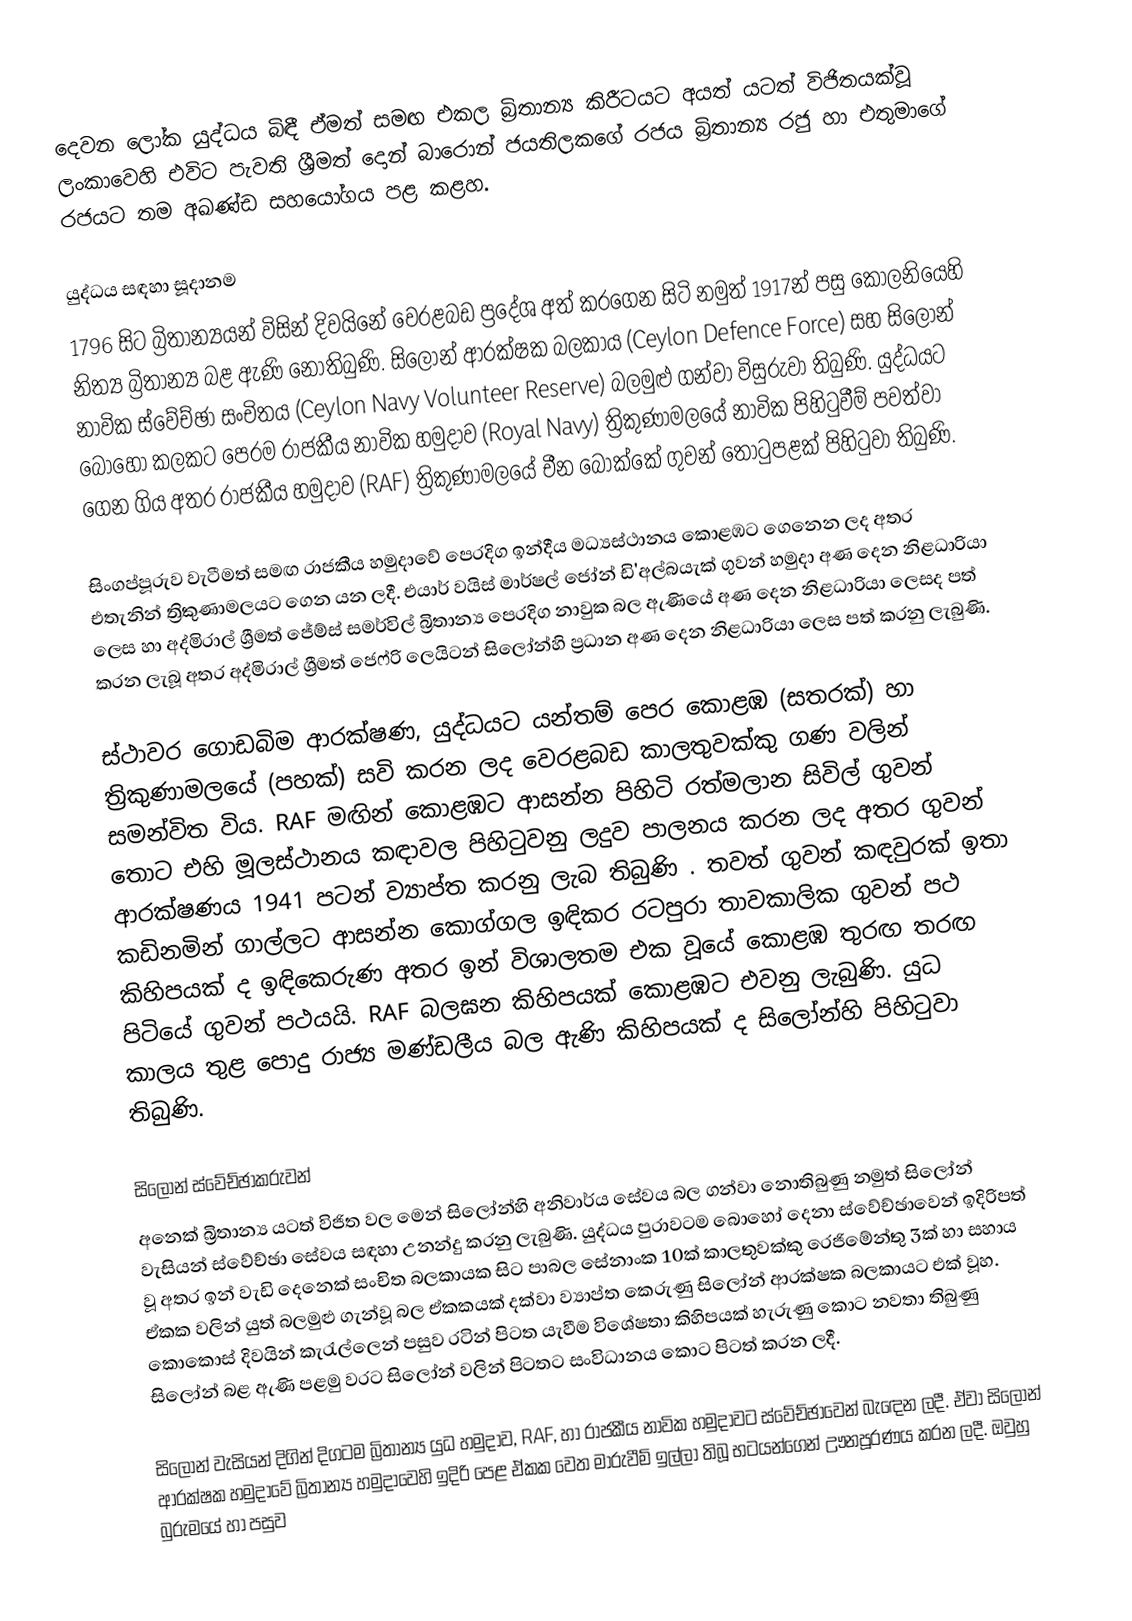
දෙවන ලෝක යුද්ධය බිඳී ඒමත් සමඟ එකල බ්‍රිතාන්‍ය කිරීටයට අයත් යටත් විජිතයක්වූ ලංකාවෙහි  එවිට පැවති ශ්‍රීමත් දොන් බාරොන් ජයතිලකගේ රජය බ්‍රිතාන්‍ය රජු හා එතුමාගේ රජයට තම අඛණ්ඩ සහයෝගය පළ කළහ.

යුද්ධය සඳහා සූදානම
1796 සිට බ්‍රිතාන්‍යයන් විසින් දිවයිනේ වෙරළබඩ ප්‍රදේශ අත් කරගෙන සිටි නමුත් 1917න් පසු කොලනියෙහි නිත්‍ය බ්‍රිතාන්‍ය බළ ඇණි නොතිබුණි. සිලෝන් ආරක්ෂක බලකාය (Ceylon Defence Force) සහ සිලෝන් නාවික ස්වේච්ඡා සංචිතය (Ceylon Navy Volunteer Reserve) බලමුළු ගන්වා විසුරුවා තිබුණි. යුද්ධයට බොහෝ කලකට පෙරම රාජකීය නාවික හමුදාව (Royal Navy) ත්‍රිකුණාමලයේ නාවික පිහිටුවීම් පවත්වා ගෙන ගිය අතර රාජකීය හමුදාව (RAF) ත්‍රිකුණාමලයේ චීන බොක්කේ ගුවන් තොටුපළක් පිහිටුවා තිබුණි.

සිංගප්පූරුව වැටීමත් සමඟ රාජකීය හමුදාවේ පෙරදිග ඉන්දීය මධ්‍යස්ථානය කොළඹට ගෙනෙන ලද අතර එතැනින් ත්‍රිකුණාමලයට ගෙන යන ලදී. එයාර් වයිස් මාර්ෂල් ජෝන් ඩි'අල්බයැක් ගුවන් හමුදා අණ දෙන නිළධාරියා ලෙස හා අද්මිරාල් ශ්‍රීමත් ජේම්ස් සමර්විල් බ්‍රිතාන්‍ය පෙරදිග නාවුක බල ඇණියේ අණ දෙන නිළධාරියා ලෙසද පත් කරන ලැබූ අතර අද්මිරාල් ශ්‍රීමත් ජෙෆ්රි ලෙයිටන් සිලෝන්හි ප්‍රධාන අණ දෙන නිළධාරියා ලෙස පත් කරනු ලැබුණි.

ස්ථාවර ගොඩබිම ආරක්ෂණ, යුද්ධයට යන්තම් පෙර කොළඹ (සතරක්) හා ත්‍රිකුණාමලයේ (පහක්) සවි කරන ලද වෙරළබඩ කාලතුවක්කු ගණ වලින් සමන්විත විය. RAF මඟින් කොළඹට ආසන්න පිහිටි රත්මලාන සිවිල් ගුවන් තොට එහි මූලස්ථානය කඳාවල පිහිටුවනු ලදුව පාලනය කරන ලද අතර ගුවන් ආරක්ෂණය 1941 පටන් ව්‍යාප්ත කරනු ලැබ තිබුණි . තවත් ගුවන් කඳවුරක් ඉතා කඩිනමින් ගාල්ලට ආසන්න කොග්ගල ඉඳිකර රටපුරා තාවකාලික ගුවන් පථ කිහිපයක් ද ඉඳිකෙරුණ අතර ඉන් විශාලතම එක වූයේ කොළඹ තුරඟ තරඟ පිටියේ ගුවන් පථයයි. RAF බලඝන කිහිපයක් කොළඹට එවනු ලැබුණි. යුධ කාලය තුළ පොදු රාජ්‍ය මණ්ඩලීය බල ඇණි කිහිපයක් ද සිලෝන්හි පිහිටුවා තිබුණි.

සිලෝන් ස්වේච්ඡාකරුවන්
අනෙක් බ්‍රිතාන්‍ය යටත් විජිත වල මෙන් සිලෝන්හි අනිවාර්ය සේවය බල ගන්වා නොතිබුණු නමුත් සිලෝන් වැසියන් ස්වේච්ඡා සේවය සඳහා උනන්දු කරනු ලැබුණි. යුද්ධය පුරාවටම බොහෝ දෙනා ස්වේච්ඡාවෙන් ඉදිරිපත් වූ අතර ඉන් වැඩි දෙනෙක් සංචිත බලකායක සිට පාබල සේනාංක 10ක් කාලතුවක්කු රෙජිමේන්තු 3ක් හා සහාය ඒකක වලින් යුත් බලමුළු ගැන්වූ බල ඒකකයක් දක්වා ව්‍යාප්ත කෙරුණු සිලෝන් ආරක්ෂක බලකායට එක් වූහ. කොකොස් දිවයින් කැරැල්ලෙන් පසුව රටින් පිටත යැවීම විශේෂතා කිහිපයක් හැරුණු කොට නවතා තිබුණු සිලෝන් බළ ඇණි පළමු වරට සිලෝන් වලින් පිටතට සංවිධානය කොට පිටත් කරන ලදී.

සිලෝන් වැසියන් දිගින් දිගටම බ්‍රිතාන්‍ය යුධ හමුදාව, RAF, හා රාජකීය නාවික හමුදාවට ස්වේච්ඡාවෙන් බැඳෙන ලදී. ඒවා සිලෝන් ආරක්ෂක හමුදාවේ බ්‍රිතාන්‍ය හමුදාවෙහි ඉදිරි පෙළ ඒකක වෙත මාරුවීම් ඉල්ලා තිබූ භටයන්ගෙන් ඌනපූරණය කරන ලදී. ඔවුහු බුරුමයේ හා පසුව